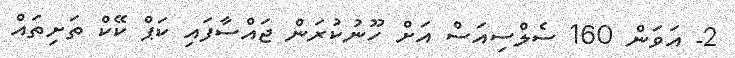
2- އަވަން 160 ސެލްސިއަސް އަށް ހޫނުކުރަން ޖައްސާފައި ކަޕް ކޭކް ތަށިތައް